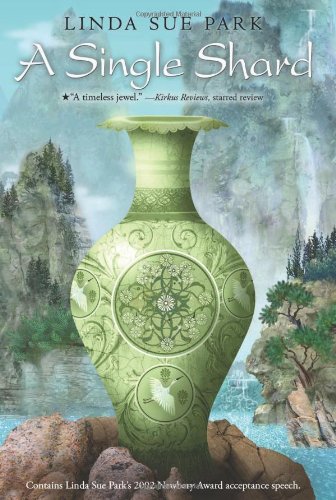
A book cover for A Single Shard; Linda Sue Park; Children's Books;